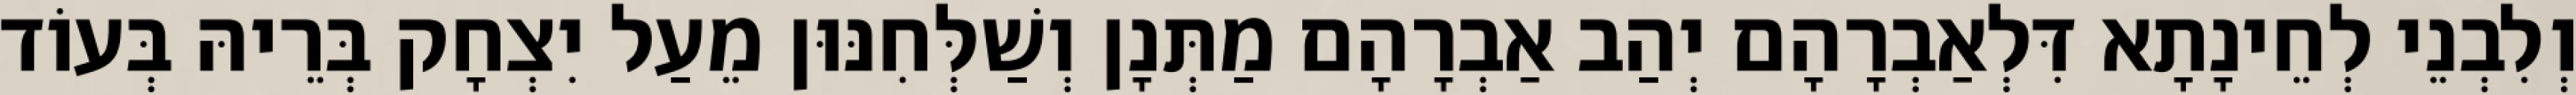
וְלִבְנֵי לְחֵינָתָא דִּלְאַבְרָהָם יְהַב אַבְרָהָם מַתְּנָן וְשַׁלְּחִנּוּן מֵעַל יִצְחָק בְּרֵיהּ בְּעוֹד